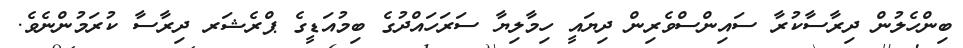
ބިންހެލުން ދިރާސާކުރާ ސައިންސްވެރިން ދިޔައީ ހިމާލިޔާ ސަރަހައްދުގެ ބިމުއަޑީގެ ޕްރެޝަރ ދިރާސާ ކުރަމުންނެވެ.